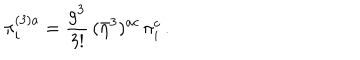
\pi _ { i } ^ { ( 3 ) a } = \frac { g ^ { 3 } } { 3 ! } \, ( \bar { \eta } ^ { 3 } ) ^ { a c } \, \pi _ { i } ^ { c } \, .